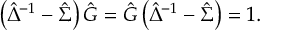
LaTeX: \left( \hat { \Delta } ^ { - 1 } - \hat { \Sigma } \right) \hat { G } = \hat { G } \left( \hat { \Delta } ^ { - 1 } - \hat { \Sigma } \right) = 1 .